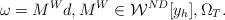
LaTeX: \begin{align*}\omega = M^W d , M^W\in\mathcal{W}^{ND}[y_h] , \Omega_T.\end{align*}